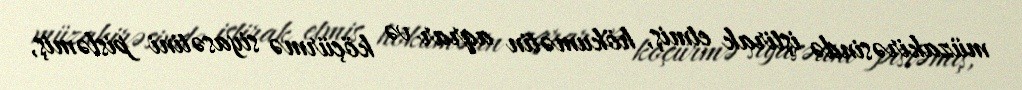
müzakirəsində iştirak etmiş, hökumətin aqrar və köçürmə siyasətini pisləmiş,